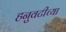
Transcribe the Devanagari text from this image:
हनुवटीच्या